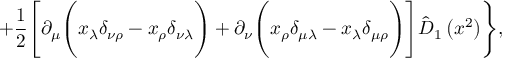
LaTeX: + \frac 1 2 \Biggl [ \partial _ { \mu } \Biggl ( x _ { \lambda } \delta _ { \nu \rho } - x _ { \rho } \delta _ { \nu \lambda } \Biggr ) + \partial _ { \nu } \Biggl ( x _ { \rho } \delta _ { \mu \lambda } - x _ { \lambda } \delta _ { \mu \rho } \Biggr ) \Biggr ] \hat { D } _ { 1 } \left( x ^ { 2 } \right) \Biggr \} ,